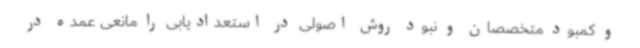
و کمبود متخصصان و نبود روش اصولی در استعدادیابی را مانعی عمده در